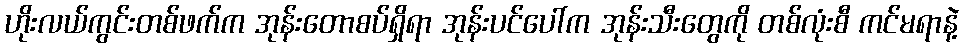
ဟိုးလယ်ကွင်းတစ်ဖက်က အုန်းတောစပ်ရှိရာ အုန်းပင်ပေါ်က အုန်းသီးတွေကို တစ်လုံးစီ ကင်မရာနဲ့